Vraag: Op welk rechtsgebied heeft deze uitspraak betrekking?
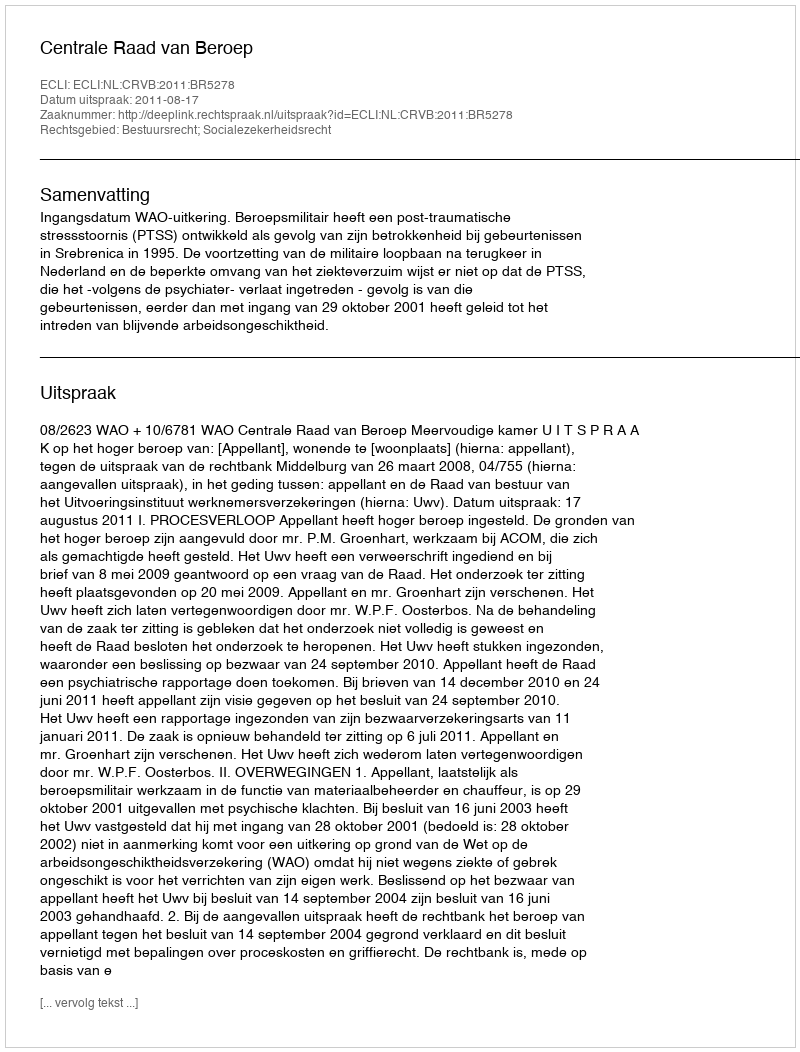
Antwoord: Bestuursrecht; Socialezekerheidsrecht